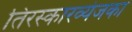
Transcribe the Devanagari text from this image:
तिरस्कारव्यंजका